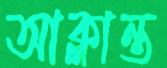
আক্লান্ত